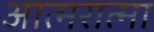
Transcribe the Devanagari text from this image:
आत्मरात्मा